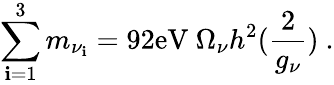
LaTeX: \sum_{\mathbf{i}=1}^{3}m_{{\nu}_{\mathbf{i}}}=92\mathrm{{eV}}~\Omega_{\nu}h^{2}({\frac{{2}}{{g_{\nu}}}})~.